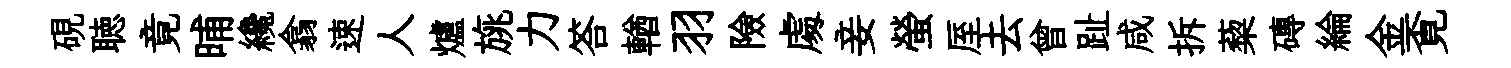
硯聴竟晡纔翕速人爐旐力答輶羽險䖏妾螢厔去曾趾咸拆蔾磚綸金覔